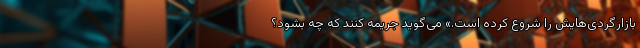
بازارگردی‌هایش را شروع کرده است.» می‌گوید جریمه کنند که چه بشود؟